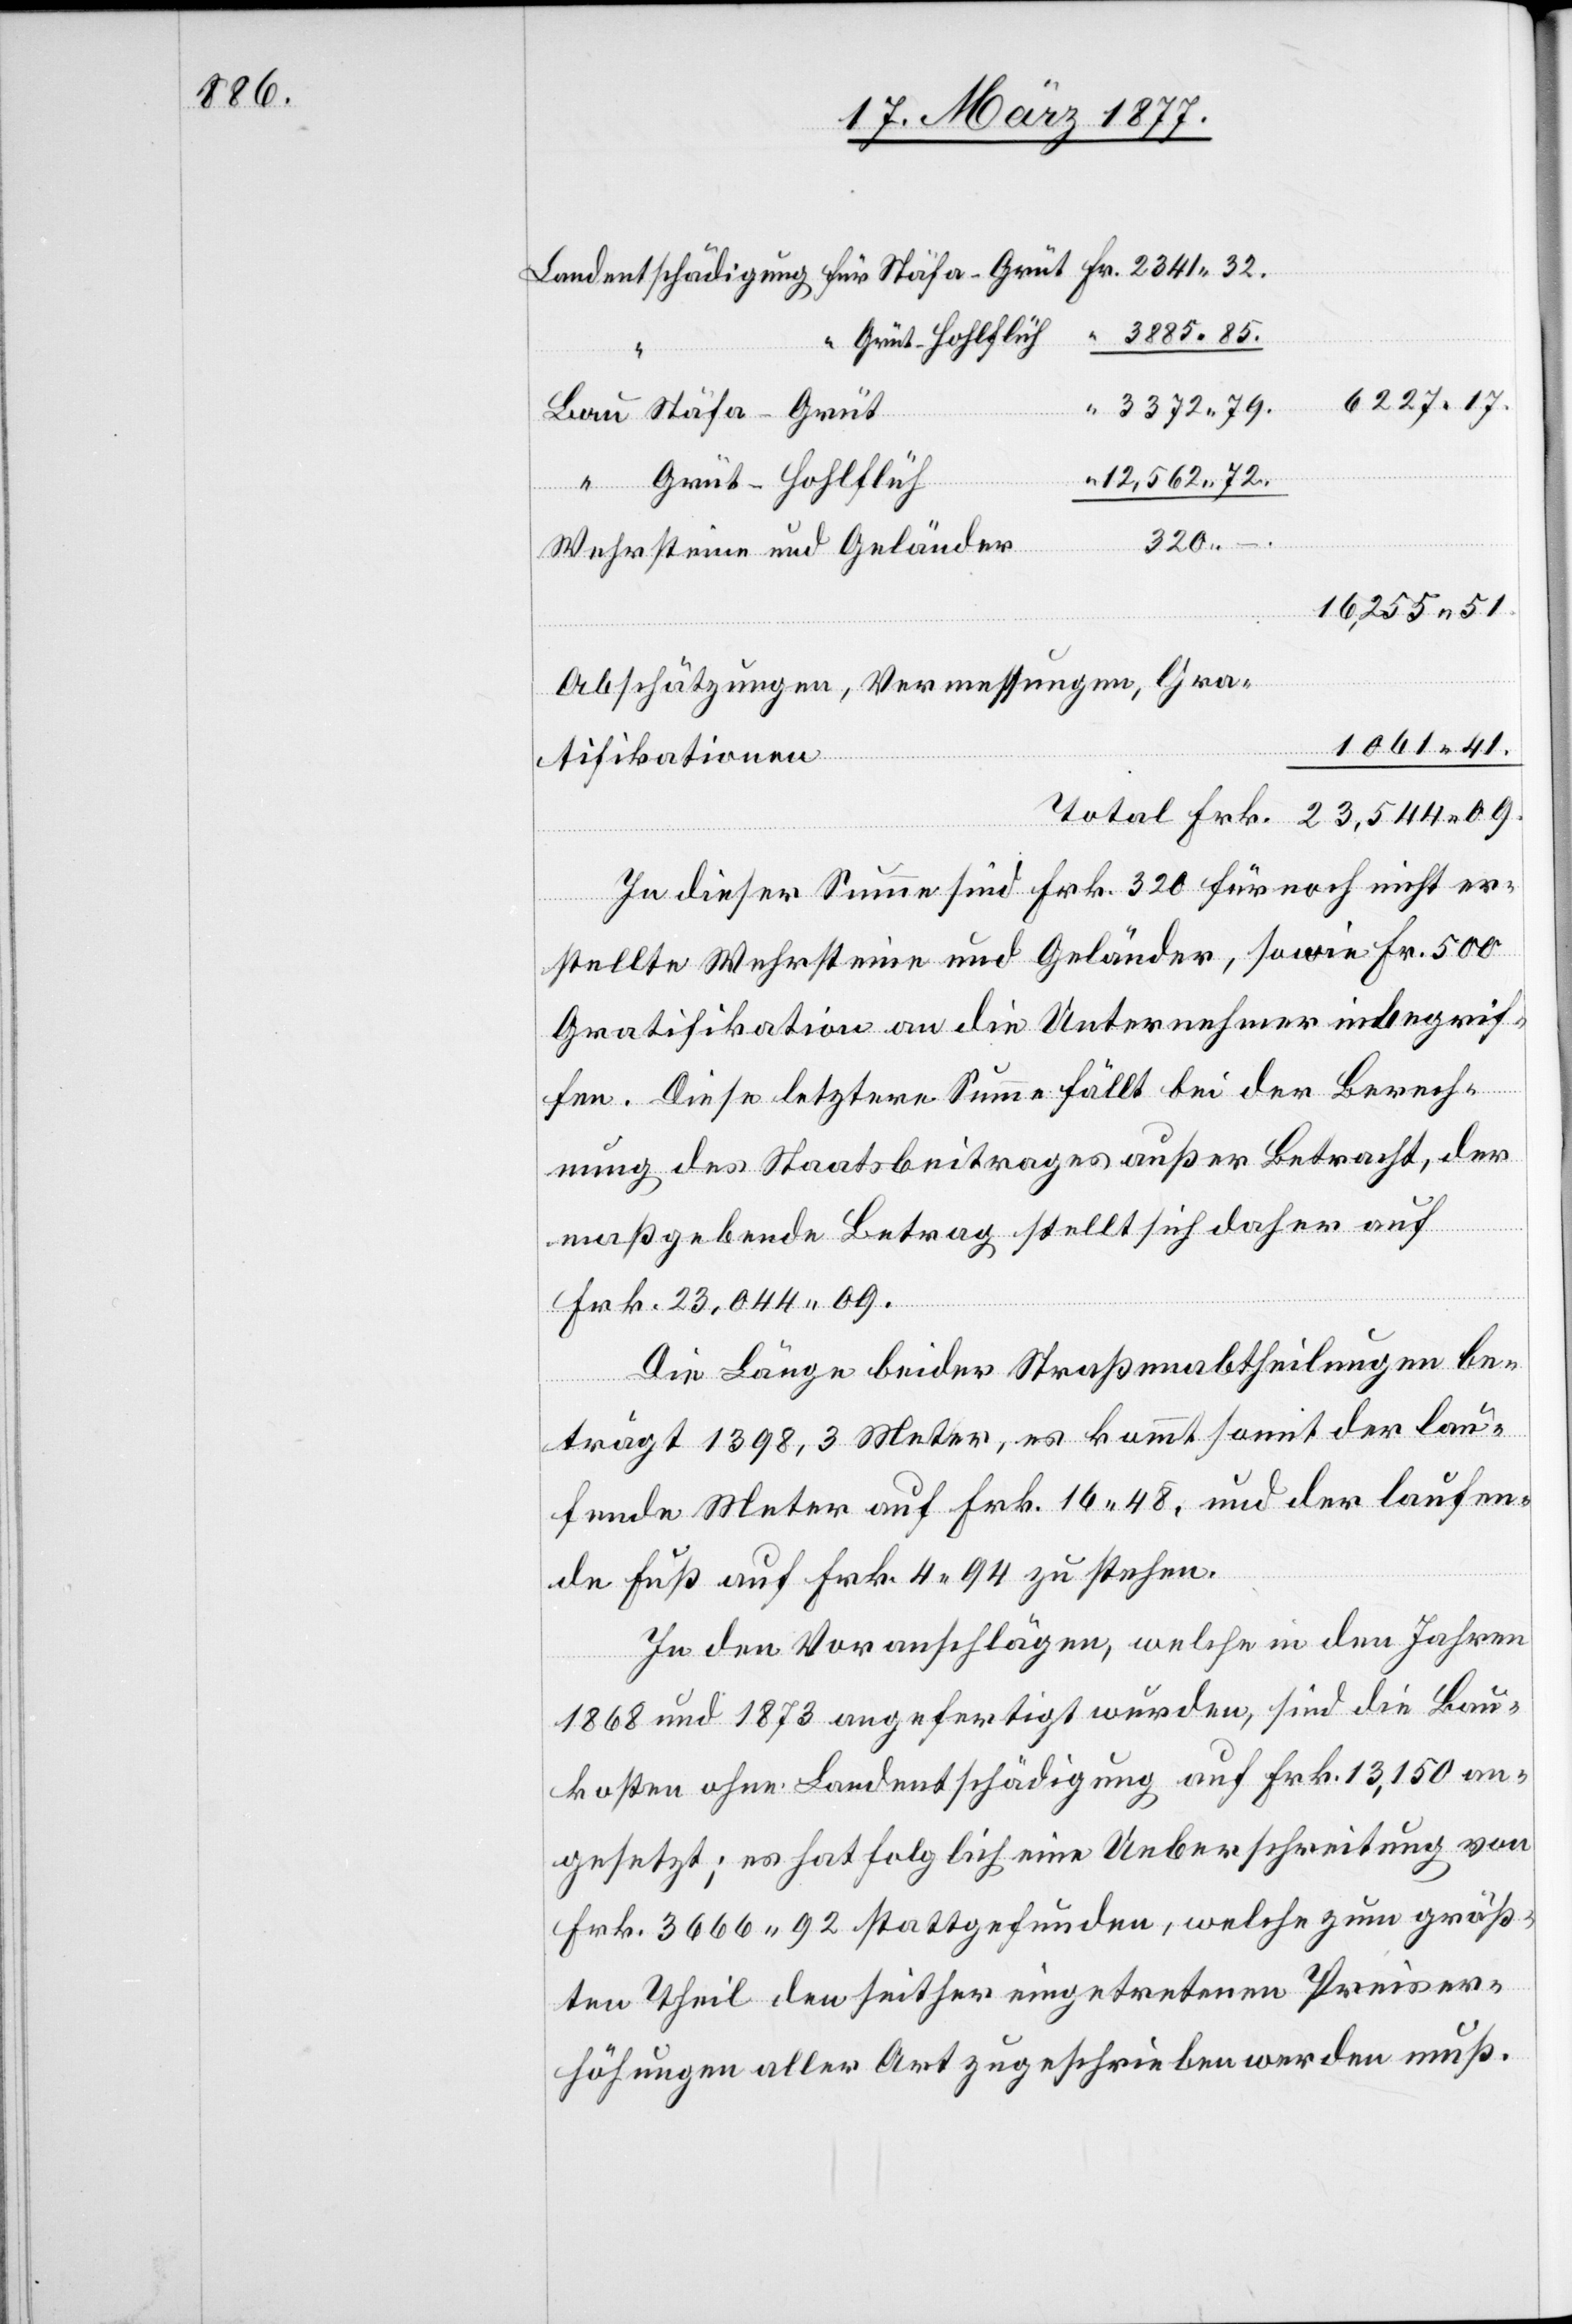
3885 85.
Grüt–Hohlflüh
6227 17.
3372 79.
12,562 72.
Total
320 –
Wehrsteine und Geländer
16,255 51.
Abschätzungen, Vermessungen, Gra¬
1061 41.
tifikationen
In dieser Summe sind Frk. 320 für noch nicht er¬
Frk.
stellte Wehrsteine und Geländer, sowie Fr. 500
Gratifikation an die Unternehmer inbegrif¬
.
fen. Diese letztere Summe fällt bei der Berech¬
nung des Staatsbeitrages außer Betracht, der
maßgebende Betrag stellt sich daher auf
Frk. 23,044 09.
Die Länge beider Straßenabtheilungen be¬
trägt 1398,3 Meter, es kommt somit der lau¬
fende Meter auf Frk. 16 48, und der laufen¬
de Fuß auf Frk. 4 94 zu stehen.
In den Voranschlägen, welche in den Jahren
1868 und 1873 angefertigt wurden, sind die Bau¬
kosten ohne Landentschädigung auf Frk. 13,150 an¬
gesetzt; es hat folglich eine Ueberschreitung von
Frk. 3666 92 stattgefunden, welche zum größ¬
ten Theil den seither eingetretenen Preiser¬
höhungen aller Art zugeschrieben werden muß.